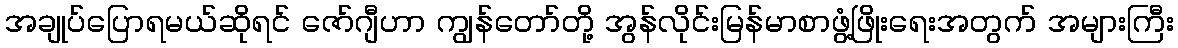
အချုပ်ပြောရမယ်ဆိုရင် ဇော်ဂျီဟာ ကျွန်တော်တို့ အွန်လိုင်းမြန်မာစာဖွံ့ဖြိုးရေးအတွက် အများကြီး